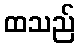
ထသည်